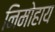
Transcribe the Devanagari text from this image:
निमोहाय